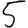
Digit: 5